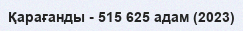
Қарағанды - 515 625 адам (2023)